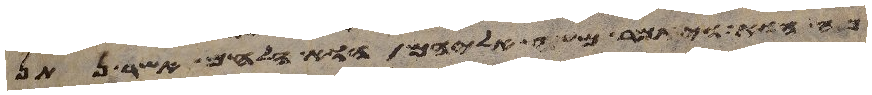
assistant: מה הוא ויאמר משה אליהם הוא הלחם אשר נתן